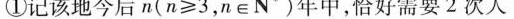
①记该地今后n(n≥3，n∈N')年中，恰好需要2次人